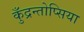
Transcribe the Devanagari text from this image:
कुँद्रन्तोप्सिया